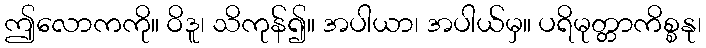
ဤလောကကို။ ဝိဒူ၊ သိကုန်၍။ အပါယာ၊ အပါယ်မှ။ ပရိမုတ္တာကိစ္စနု၊